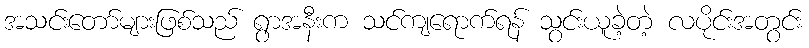
အသင်းတော်များဖြစ်သည် ရွာအနီးက သင်ကျရောက်ရန် သွင်းယူခဲ့တဲ့ လပိုင်းအတွင်း